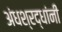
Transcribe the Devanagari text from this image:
अंधश्रद्धांनी